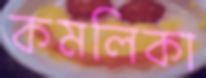
কমলিকা